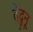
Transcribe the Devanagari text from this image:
देदुनू